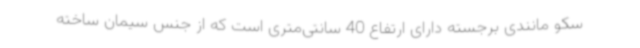
سکو مانندی برجسته دارای ارتفاع 40 سانتی‌متری است که از جنس سیمان ساخته